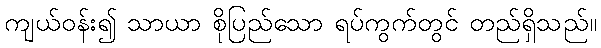
ကျယ်ဝန်း၍ သာယာ စိုပြည်သော ရပ်ကွက်တွင် တည်ရှိသည်။